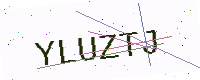
Text: YLUZTJ